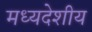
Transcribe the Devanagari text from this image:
मध्‍यदेशीय